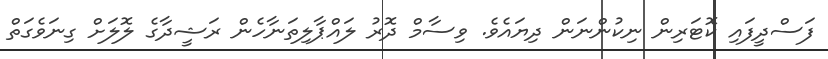
ފަސްދީފައި ކޮޓަރިން ނިކުންނަން ދިޔައެވެ. ވިސާމް ދޮރު ލައްޕާލިތަނާހެން ރަޝީދާގެ ލޮލަށް ގިނަވެގަތް